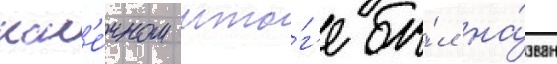
кон'е́чном ито́г'е бы́л на́зван